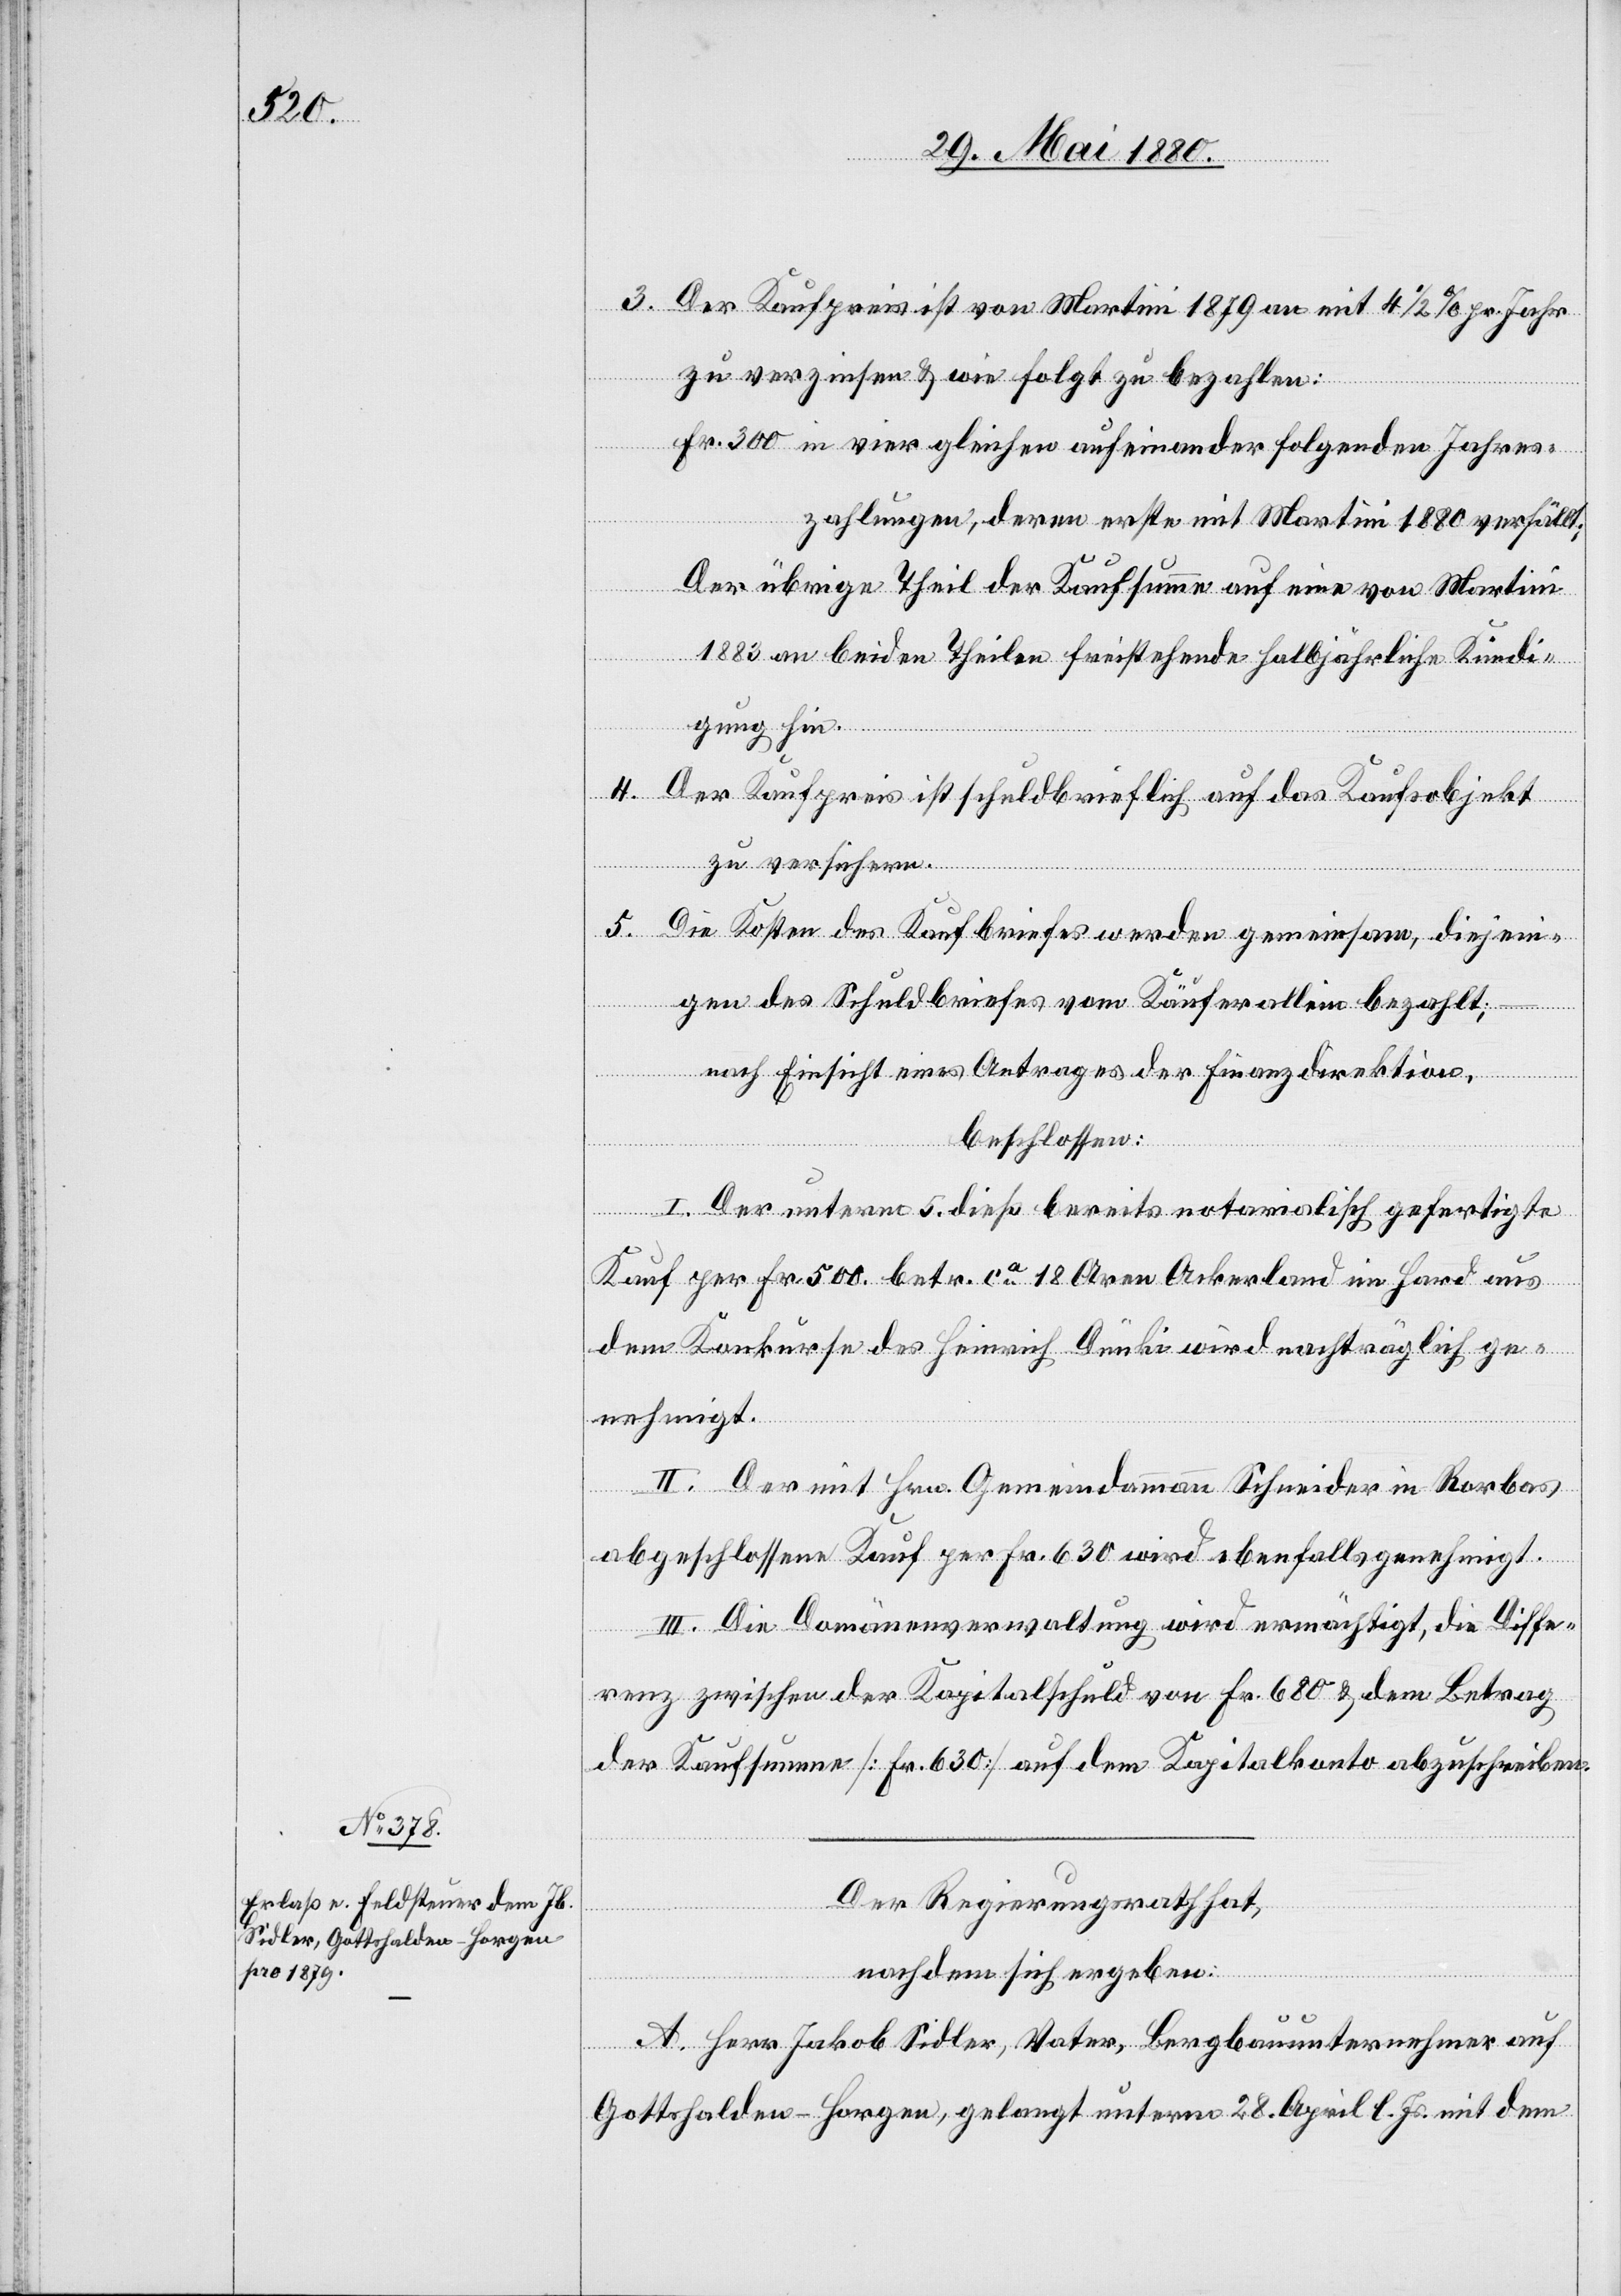
3. Der Kaufpreis ist von Martini 1879 mit 41/2% pr. Jahr
zu verzinsen & wie folgt zu bezahlen:
Fr. 300 in vier gleichen aufeinander folgenden Jahres¬
zahlungen, deren erste mit Martini 1880 verfällt;
Der übrige Theil der Kaufsumme auf eine von Martini
1883 an beiden Theilen freistehende halbjährliche Kündi¬
gung hin.
4. Der Kaufpreis ist schuldbrieflich auf das Kaufsobjekt
zu versichern.
5. Die Kosten des Kaufbriefes werden gemeinsam, diejeni¬
gen des Schuldbriefes vom Käufer allein bezahlt;
nach Einsicht eines Antrages der Finanzdirektion,
beschlossen:
I. Der unterm 5. dieß bereits notarialisch gefertigte
Kauf von Fr. 500 betr. ca 18 Aren Ackerland im Hard aus
dem Konkurse des Heinrich Dünki wird nachträglich ge¬
nehmigt.
II. Der mit Hrn. Gemeindammann Schneider in Rorbas
abgeschlossene Kauf per Fr. 630 wird ebenfalls genehmigt.
III. Die Domänenverwaltung wird ermächtigt, die Diffe¬
renz zwischen der Kapitalschuld von Fr. 680 & dem Betrag
der Kaufsumme [Fr. 630] auf dem Kapitalkonto abzuschreiben.
Der Regierungsrath hat,
nachdem sich ergeben:
A. Herr Jakob Sidler, Vater, Bergbauunternehmer auf
Gottshalden - Horgen, gelangt unterm 22. April l. Js. mit dem